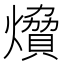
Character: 燲